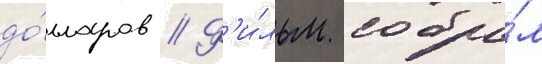
до́лларов // Ф'и́льм собра́л